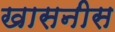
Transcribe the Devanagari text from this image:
खासनीस